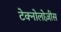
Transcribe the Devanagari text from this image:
टेक्नोलोज़ीस